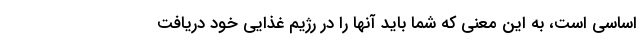
اساسی است، به این معنی که شما باید آنها را در رژیم غذایی خود دریافت